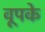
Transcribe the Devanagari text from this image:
वूपके